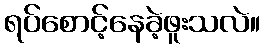
ရပ်စောင့်နေခဲ့ဖူးသလဲ။